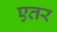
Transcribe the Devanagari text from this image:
एतर